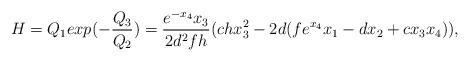
LaTeX: \begin{align*}H=Q_1 exp(-\frac{Q_3}{Q_2})= \frac{e^{-x_4} x_3}{2 d^2 f h}(c hx_3^2 - 2 d (f e^{x_4} x_1 - d x_2 + c x_3 x_4)),\end{align*}